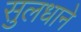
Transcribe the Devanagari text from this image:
सुलधाने